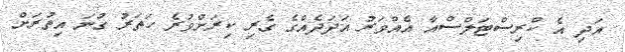
އަދި އެ ކްރިސްޓަލްސްއާ އެއްވަރު އަދަދެއްގެ ގެރި ކިރަށްވުރެ ހަތަރު ގުނަ އިތުރަށް